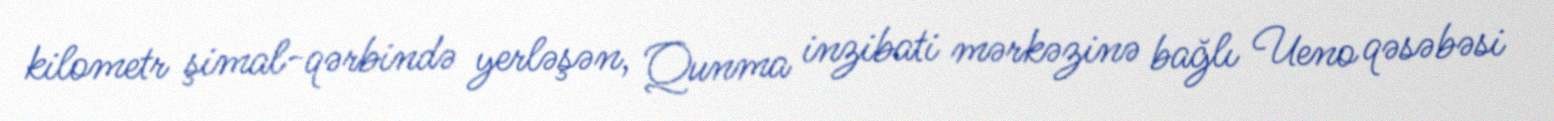
kilometr şimal-qərbində yerləşən, Qunma inzibati mərkəzinə bağlı Ueno qəsəbəsi